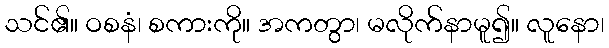
သင်၏။ ဝစနံ၊ စကားကို။ အကတွာ၊ မလိုက်နာမူ၍။ လူနော၊